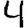
Digit: 4